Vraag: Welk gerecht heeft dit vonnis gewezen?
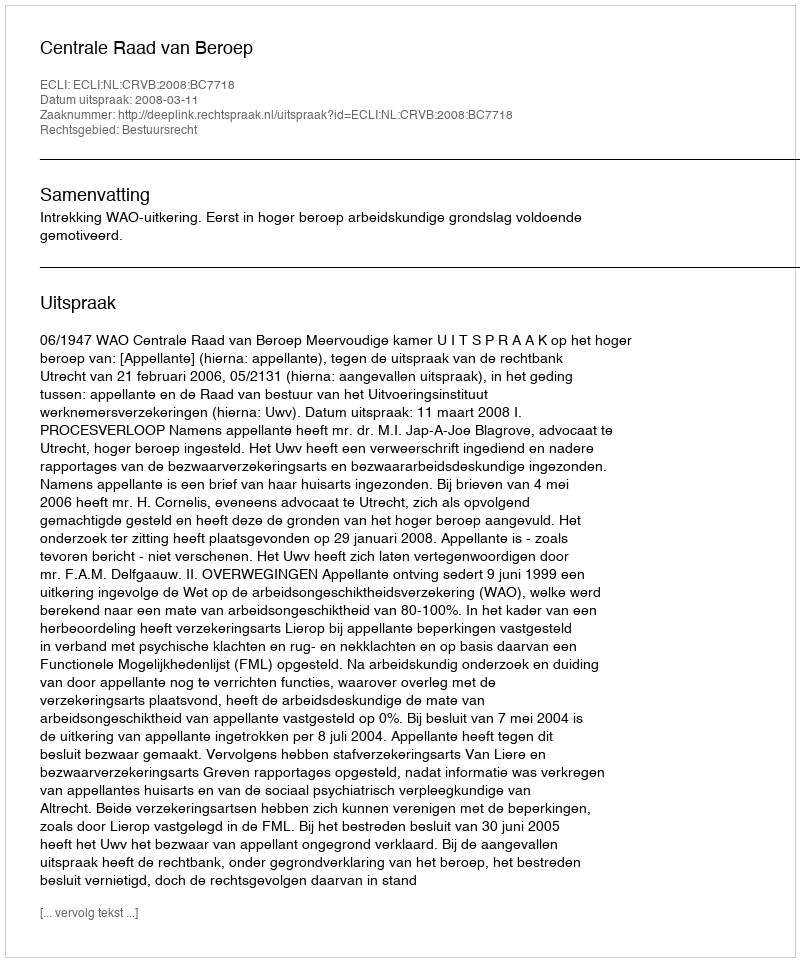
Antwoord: Centrale Raad van Beroep